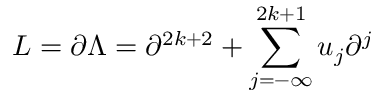
L = \partial \Lambda = \partial ^ { 2 k + 2 } + \sum _ { j = - \infty } ^ { 2 k + 1 } u _ { j } \partial ^ { j }